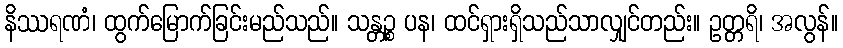
နိဿရဏံ၊ ထွက်မြောက်ခြင်းမည်သည်။ သန္တဉ္စ ပန၊ ထင်ရှားရှိသည်သာလျှင်တည်း။ ဥတ္တရိ၊ အလွန်။